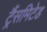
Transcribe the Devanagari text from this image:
ट्रैंसमिटेड